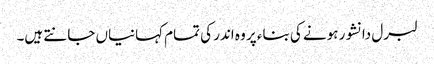
لبرل دانشور ہونے کی بناء پر وہ اندر کی تمام کہانیاں جانتے ہیں۔